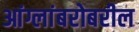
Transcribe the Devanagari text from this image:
आंग्लांबरोबरील